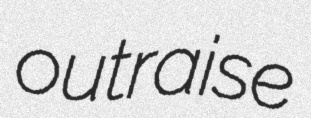
outraise